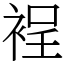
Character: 裎